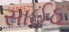
સાઈઠ